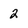
Character: 2